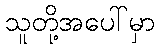
သူတို့အပေါ်မှာ